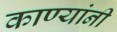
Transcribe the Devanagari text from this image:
काण्यांनी